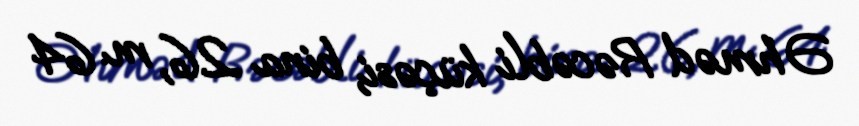
Əhməd Rəcəbli küçəsi, bina 26, m. 64